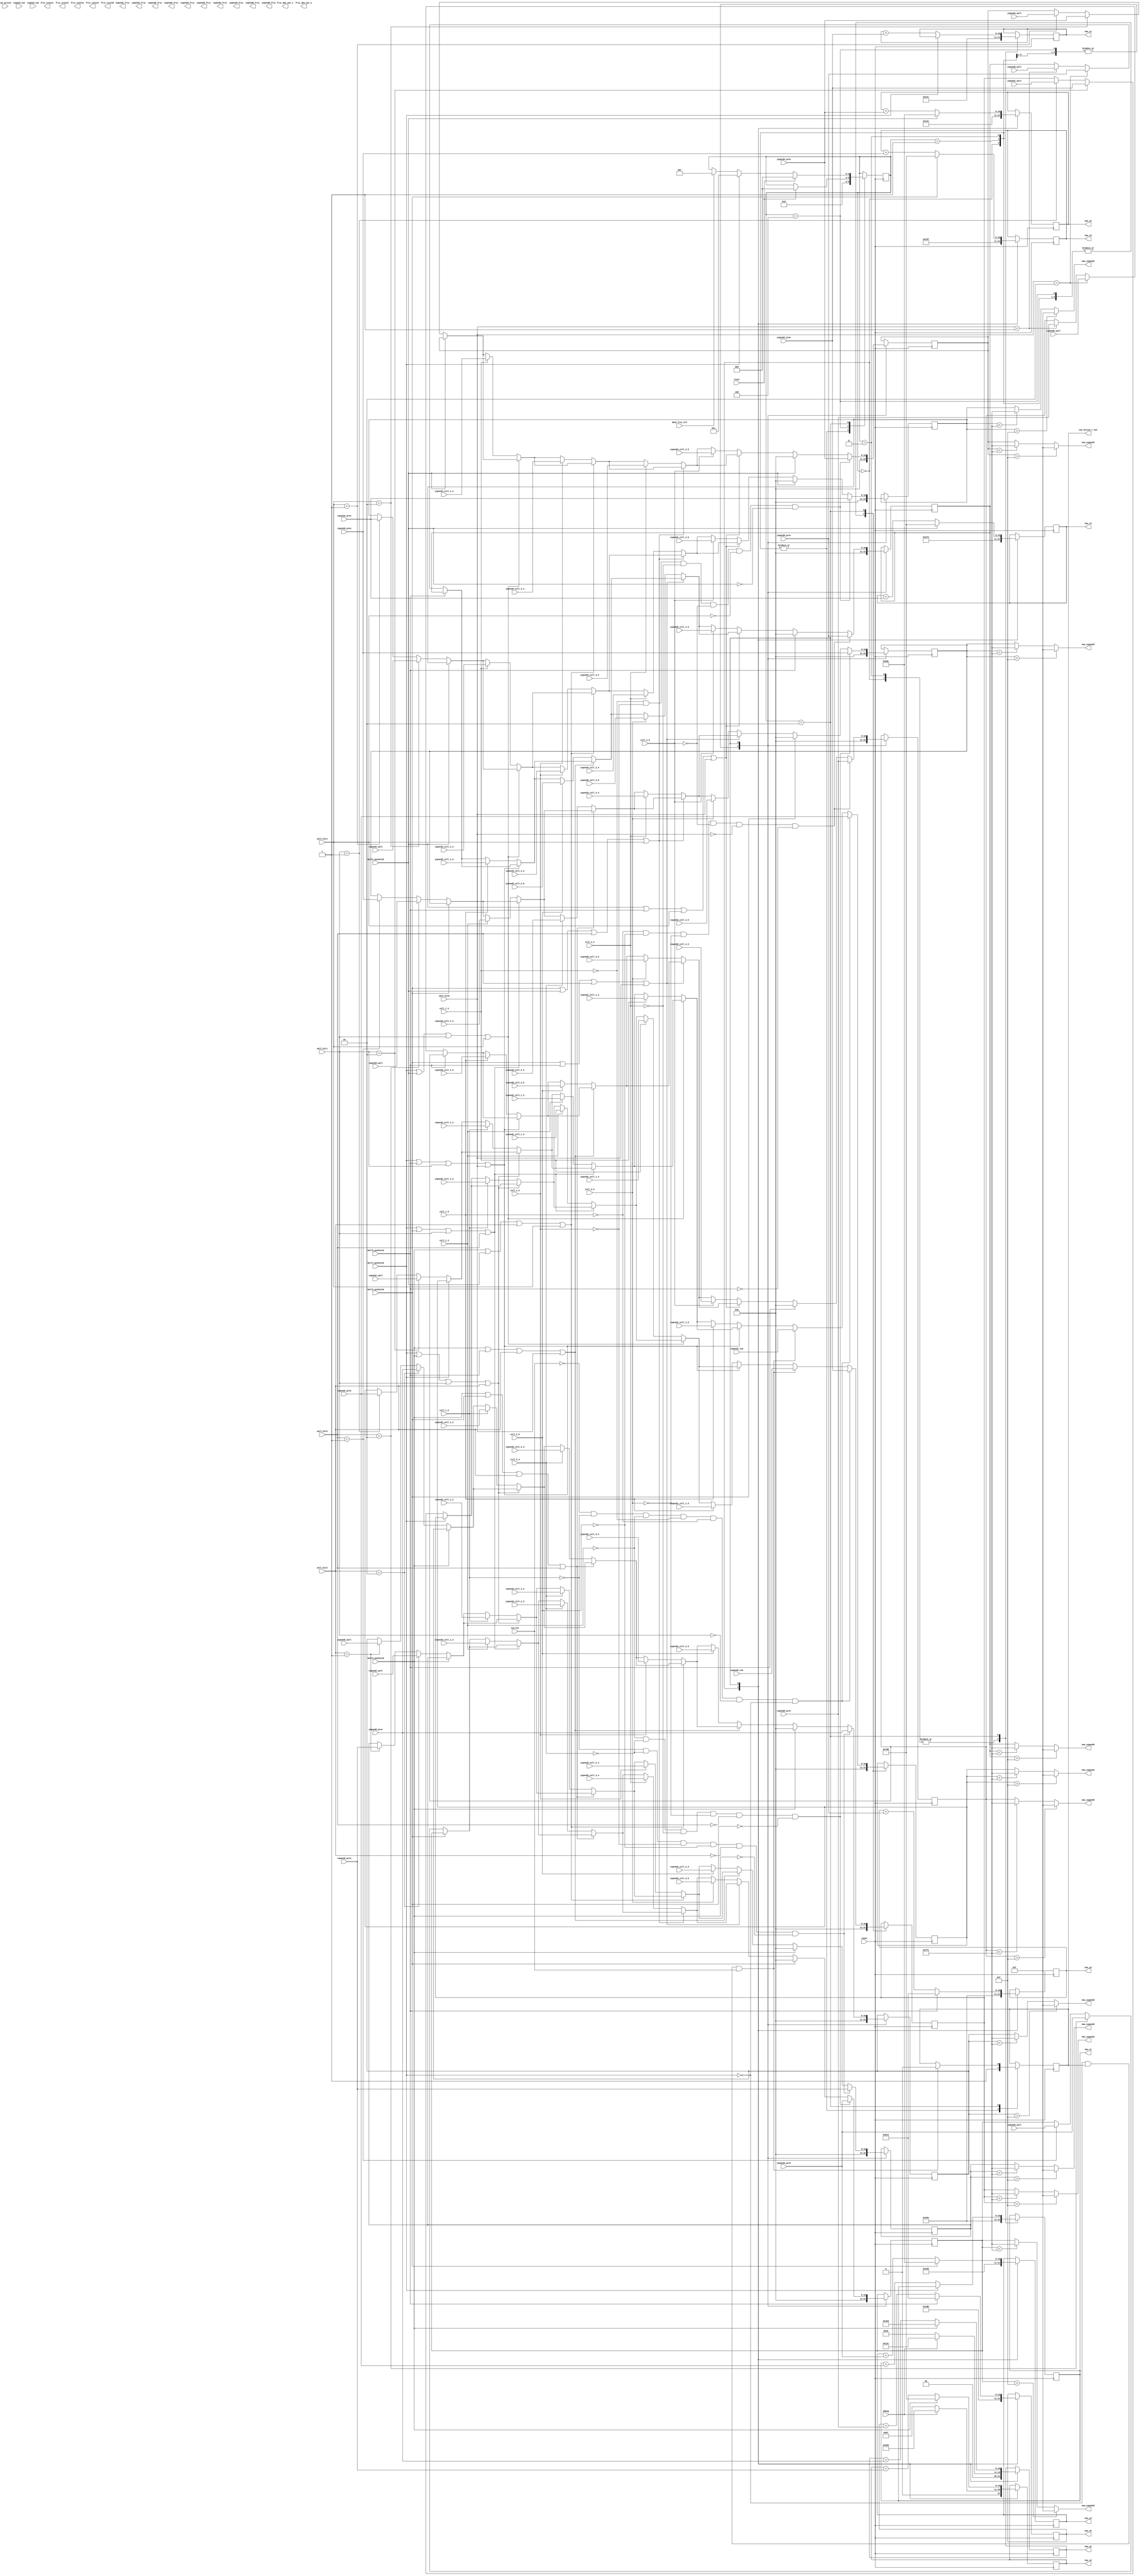
 `timescale 1ns / 1ps
//////////////////////////////////////////////////////////////////////////////////
// Company: 
// Engineer: 
// 
// Design Name: 
// Module Name:    position_handler 
// Project Name: 
// Target Devices: 
// Tool versions: 
// Description: 
//
// Dependencies: 
//
// Revision: 
// Revision 0.01 - File Created
// Additional Comments: 
//
//////////////////////////////////////////////////////////////////////////////////
module position_handler
    #(parameter
		BALL_RADIUS = 5'd15,
		// Ball 1
		BALL1_X_START = 11'd350,
		BALL1_Y_START = 11'd300,
		BALL1_X_SPEED = 11'd0,
		BALL1_Y_SPEED = 11'd0,
		// Ball 2
		BALL2_X_START = 11'd215,
		BALL2_Y_START = 11'd230,
		BALL2_X_SPEED = 11'd0,
		BALL2_Y_SPEED = 11'd0,
		// Ball 3
		BALL3_X_START = 11'd415,
		BALL3_Y_START = 11'd470,
		BALL3_X_SPEED = 11'd0,
		BALL3_Y_SPEED = 11'd0,
		// Ball 4
		BALL4_X_START = 11'd500,
		BALL4_Y_START = 11'd305,
		BALL4_X_SPEED = 11'd0,
		BALL4_Y_SPEED = 11'd0,
		// Ball 5
		BALL5_X_START = 11'd475,
		BALL5_Y_START = 11'd350,
		BALL5_X_SPEED = 11'd0,
		BALL5_Y_SPEED = 11'd0)
	(input vsync, 
	 input reset,done_fric_all, 
	 // Cue
	 input cue_hit, cue_active,
	 input signed [10:0] xspeed_cue, 
	 input signed [10:0] yspeed_cue,
	 // Ball 1
	 input signed [10:0] xspeed1_cue, yspeed1_cue,
	 input signed [10:0] xspeed1_wall, 
	 input signed [10:0] yspeed1_wall, 
	 input signed [10:0] xspeed1_prev,
	 input signed [10:0] yspeed1_prev,
	 input ball1_pocketed, 
	 input [1:0] wall_hit1, 	 
	 input signed [10:0] xspeed1_coll_1_2, xspeed1_coll_1_3, xspeed1_coll_1_4, xspeed1_coll_1_5,
	 input signed [10:0] yspeed1_coll_1_2, yspeed1_coll_1_3, yspeed1_coll_1_4, yspeed1_coll_1_5,
	 // Ball 2
	 input signed [10:0] xspeed2_wall, 
	 input signed [10:0] yspeed2_wall, 
	 input signed [10:0] xspeed2_prev,
	 input signed [10:0] yspeed2_prev,
	 input ball2_pocketed, 
	 input [1:0] wall_hit2, 	 
	 input signed [10:0] xspeed2_coll_1_2, xspeed2_coll_2_3, xspeed2_coll_2_4, xspeed2_coll_2_5,  
	 input signed [10:0] yspeed2_coll_1_2, yspeed2_coll_2_3, yspeed2_coll_2_4, yspeed2_coll_2_5,
	 // Ball 3
	 input signed [10:0] xspeed3_wall, 
	 input signed [10:0] yspeed3_wall, 
	 input signed [10:0] xspeed3_prev,
	 input signed [10:0] yspeed3_prev,
	 input ball3_pocketed, 
	 input [1:0] wall_hit3, 	 
	 input signed [10:0] xspeed3_coll_1_3, xspeed3_coll_2_3, xspeed3_coll_3_4, xspeed3_coll_3_5,
	 input signed [10:0] yspeed3_coll_1_3, yspeed3_coll_2_3, yspeed3_coll_3_4, yspeed3_coll_3_5,
	 // Ball 4
	 input signed [10:0] xspeed4_wall, 
	 input signed [10:0] yspeed4_wall, 
	 input signed [10:0] xspeed4_prev,
	 input signed [10:0] yspeed4_prev,
	 input ball4_pocketed, 
	 input [1:0] wall_hit4, 	 
	 input signed [10:0] xspeed4_coll_1_4, xspeed4_coll_2_4, xspeed4_coll_3_4, xspeed4_coll_4_5,
	 input signed [10:0] yspeed4_coll_1_4, yspeed4_coll_2_4, yspeed4_coll_3_4, yspeed4_coll_4_5,
	 // Ball 5
	 input signed [10:0] xspeed5_wall, 
	 input signed [10:0] yspeed5_wall, 
	 input signed [10:0] xspeed5_prev,
	 input signed [10:0] yspeed5_prev,
	 input ball5_pocketed, 
	 input [1:0] wall_hit5, 	 
	 input signed [10:0] xspeed5_coll_1_5, xspeed5_coll_2_5, xspeed5_coll_3_5, xspeed5_coll_4_5,
	 input signed [10:0] yspeed5_coll_1_5, yspeed5_coll_2_5, yspeed5_coll_3_5, yspeed5_coll_4_5,
	 // Collisions
	 input coll_1_2, coll_1_3, coll_1_4, coll_2_3, coll_2_4, coll_3_4,
	 coll_1_5, coll_2_5, coll_3_5, coll_4_5,
	 
	 output signed [10:0] fric_abs_out_x, fric_abs_out_y,
	 // Ball 1
	 output signed [10:0] xspeed1_fric, new_x1, new_xspeed1, 
	 output signed [10:0] yspeed1_fric, new_y1, new_yspeed1,
	 output [2:0] fric_state1, 
	 // Ball 2
	 output signed [10:0] xspeed2_fric, new_x2, new_xspeed2, 
	 output signed [10:0] yspeed2_fric, new_y2, new_yspeed2,
	 output [2:0] fric_state2, 
	 // Ball 3
	 output signed [10:0] xspeed3_fric, new_x3, new_xspeed3, 
	 output signed [10:0] yspeed3_fric, new_y3, new_yspeed3,
	 output [2:0] fric_state3, 
	 // Ball 4
	 output signed [10:0] xspeed4_fric, new_x4, new_xspeed4, 
	 output signed [10:0] yspeed4_fric, new_y4, new_yspeed4,
	 output [2:0] fric_state4,
	 // Ball 5
	 output signed [10:0] xspeed5_fric, new_x5, new_xspeed5, 
	 output signed [10:0] yspeed5_fric, new_y5, new_yspeed5,
	 output [2:0] fric_state5,
	 // Debugging
	 output cue_active_r_out,
	 input debug);
	 
	 
	 //Initialize values
	 // Ball 1
	 reg signed [10:0] x1 = BALL1_X_START;
	 reg signed [10:0] y1 = BALL1_Y_START;
	 reg signed [10:0] xspeed1 = BALL1_X_SPEED;
	 reg signed [10:0] yspeed1 = BALL1_Y_SPEED; 
	 
	 // Ball 2
	 reg signed [10:0] x2 = BALL2_X_START;
	 reg signed [10:0] y2 = BALL2_Y_START;
	 reg signed [10:0] xspeed2 = BALL2_X_SPEED;
	 reg signed [10:0] yspeed2 = BALL2_Y_SPEED;

	 // Ball 3
	 reg signed [10:0] x3 = BALL3_X_START;
	 reg signed [10:0] y3 = BALL3_Y_START;
	 reg signed [10:0] xspeed3 = BALL3_X_SPEED;
	 reg signed [10:0] yspeed3 = BALL3_Y_SPEED;

	 // Ball 4
	 reg signed [10:0] x4 = BALL4_X_START;
	 reg signed [10:0] y4 = BALL4_Y_START;
	 reg signed [10:0] xspeed4 = BALL4_X_SPEED;
	 reg signed [10:0] yspeed4 = BALL4_Y_SPEED;

	 // Ball 4
	 reg signed [10:0] x5 = BALL5_X_START;
	 reg signed [10:0] y5 = BALL5_Y_START;
	 reg signed [10:0] xspeed5 = BALL5_X_SPEED;
	 reg signed [10:0] yspeed5 = BALL5_Y_SPEED;

	 // Parameters
	 parameter signed MAX_BALL_SPEED = 11'd15;
	 parameter VERT_HIT = 2'b01;
	 parameter HORIZ_HIT = 2'b10;
	 parameter signed SCALE_CUE_NUM = 10;
	 reg cue_active_r = 1;
	 assign cue_active_r_out = cue_active_r;
	 
	 // States
	 parameter START_GAME = 0;
	 parameter DONE_ROUND = 1;
	 parameter MOVING = 2;
	 parameter SCRATCH = 3;
	 parameter WIN = 4;
	 reg [2:0] state = START_GAME;
	 
	 always @(posedge vsync) begin
		case(state)
			START_GAME: begin // reset or scratch
				if (debug) begin
					// Ball 1
					x1 <= 11'd350;
					y1 <= 11'd300;
					xspeed1 <= 11'd0;
					yspeed1 <= 11'd0;
					
					// Ball 2
					x2 <= 11'd600;
					y2 <= 11'd300;
					xspeed2<= BALL2_X_SPEED;
					yspeed2<= BALL2_Y_SPEED;
				end
				
				else begin
					// Ball 1
					x1 <= BALL1_X_START;
					y1 <= BALL1_Y_START;
					xspeed1<= BALL1_X_SPEED;
					yspeed1<= BALL1_Y_SPEED;
					
					// Ball 2
					x2 <= BALL2_X_START;
					y2 <= BALL2_Y_START;
					xspeed2<= BALL2_X_SPEED;
					yspeed2<= BALL2_Y_SPEED;
				end

				// Ball 3
				x3 <= BALL3_X_START;
				y3 <= BALL3_Y_START;			
				xspeed3<= BALL3_X_SPEED;
				yspeed3<= BALL3_Y_SPEED;
				
				// Ball 4
				x4 <= BALL4_X_START;
				y4 <= BALL4_Y_START;			
				xspeed4<= BALL4_X_SPEED;
				yspeed4<= BALL4_Y_SPEED;
				
				// Ball 5
				x5 <= BALL5_X_START;
				y5 <= BALL5_Y_START;			
				xspeed5<= BALL5_X_SPEED;
				yspeed5<= BALL5_Y_SPEED;
				
				cue_active_r<= 1;
				state <= MOVING;
			end
			
			DONE_ROUND: begin // when all balls stop moving
				xspeed1 <= 0;
				yspeed1 <= 0;
				
				xspeed2<= BALL2_X_SPEED;
				yspeed2<= BALL2_Y_SPEED;
				
				xspeed3<= BALL3_X_SPEED;
				yspeed3<= BALL3_Y_SPEED;
				
				xspeed4<= BALL4_X_SPEED;
				yspeed4<= BALL4_Y_SPEED;
				
				xspeed5<= BALL5_X_SPEED;
				yspeed5<= BALL5_Y_SPEED;
				
				cue_active_r <= 1;
				state <= MOVING;
			end
			
			SCRATCH: begin // when ball 1 is pocketed
				x1 <= BALL1_X_START;
				y1 <= BALL1_Y_START;
				xspeed1<= BALL1_X_SPEED;
				yspeed1<= BALL1_Y_SPEED;
				
				cue_active_r <= 1;
				state <= MOVING;
			end
			
			WIN: begin // when player wins
				if (reset) state <= START_GAME;
			
				xspeed1<= 0;
				yspeed1<= 0;
				
				xspeed2<= 0;
				yspeed2<= 0;
				
				xspeed3<= 0;
				yspeed3<= 0;
				
				xspeed4<= 0;
				yspeed4<= 0;
				
				xspeed5<= 0;
				yspeed5<= 0;
			end
			
			MOVING: begin
				// Update state
				if (reset) state <= START_GAME;
				else if (ball1_pocketed) state <= SCRATCH;
				else if (done_fric_all) state <= DONE_ROUND;
			
				// Update ball positions
				if (!ball1_pocketed) begin
					x1 <= x1 + xspeed1_prev;
					y1 <= y1 + yspeed1_prev;
				end
				if (!ball2_pocketed) begin
					x2 <= x2 + xspeed2_prev;
					y2 <= y2 + yspeed2_prev;
				end
				if (!ball3_pocketed) begin
					x3 <= x3 + xspeed3_prev;
					y3 <= y3 + yspeed3_prev;
				end
				if (!ball4_pocketed) begin
					x4 <= x4 + xspeed4_prev;
					y4 <= y4 + yspeed4_prev;
				end
				if (!ball5_pocketed) begin
					x5 <= x5 + xspeed5_prev;
					y5 <= y5 + yspeed5_prev;
				end
				
				// Wall Collisions
				// Wall - ball 1
				if (!ball1_pocketed) begin
					if (wall_hit1 == HORIZ_HIT) begin
						xspeed1<= xspeed1_wall;
						yspeed1<= yspeed1_prev;
					end
					else if (wall_hit1 == VERT_HIT) begin
						xspeed1<= xspeed1_prev;
						yspeed1<= yspeed1_wall;
					end
				end
					
				// Wall - ball 2
				if (!ball2_pocketed) begin
					if (wall_hit2 == HORIZ_HIT) begin
						xspeed2<= xspeed2_wall;
						yspeed2<= yspeed2_prev;
					end
					else if (wall_hit2 == VERT_HIT) begin
						xspeed2<= xspeed2_prev;
						yspeed2<= yspeed2_wall;
					end
				end
					
				// Wall - ball 3
				if (!ball3_pocketed) begin
					if (wall_hit3 == HORIZ_HIT) begin
						xspeed3<= xspeed3_wall;
						yspeed3<= yspeed3_prev;
					end
					else if (wall_hit3 == VERT_HIT) begin
						xspeed3<= xspeed3_prev;
						yspeed3<= yspeed3_wall;
					end
				end

				// Wall - ball 4
				if (!ball4_pocketed) begin
					if (wall_hit4 == HORIZ_HIT) begin
						xspeed4<= xspeed4_wall;
						yspeed4<= yspeed4_prev;
					end
					else if (wall_hit4 == VERT_HIT) begin
						xspeed4<= xspeed4_prev;
						yspeed4<= yspeed4_wall;
					end
				end

				// Wall - ball 5
				if (!ball5_pocketed) begin
					if (wall_hit5 == HORIZ_HIT) begin
						xspeed5<= xspeed5_wall;
						yspeed5<= yspeed5_prev;
					end
					else if (wall_hit5 == VERT_HIT) begin
						xspeed5<= xspeed5_prev;
						yspeed5<= yspeed5_wall;
					end
				end

					
				// Ball collisions
				// Ball 1 and 2
				if (!(ball1_pocketed || ball2_pocketed || wall_hit1 || wall_hit2)) begin
					if (coll_1_2) begin
						xspeed1<= xspeed1_coll_1_2;
						yspeed1<= yspeed1_coll_1_2;
						xspeed2<= xspeed2_coll_1_2;
						yspeed2<= yspeed2_coll_1_2;
					end
				end
				
				// Ball 1 and 3
				if (!(ball1_pocketed || ball3_pocketed || wall_hit1 || wall_hit3)) begin
					if (coll_1_3) begin
						xspeed1<= xspeed1_coll_1_3;
						yspeed1<= yspeed1_coll_1_3;
						xspeed3<= xspeed3_coll_1_3;
						yspeed3<= yspeed3_coll_1_3;
					end
				end
				
				// Ball 1 and 4
				if (!(ball1_pocketed || ball4_pocketed || wall_hit1 || wall_hit4)) begin
					if (coll_1_4) begin
						xspeed1<= xspeed1_coll_1_4;
						yspeed1<= yspeed1_coll_1_4;
						xspeed4<= xspeed4_coll_1_4;
						yspeed4<= yspeed4_coll_1_4;
					end
				end
				
				// Ball 1 and 5
				if (!(ball1_pocketed || ball5_pocketed || wall_hit1 || wall_hit5)) begin
					if (coll_1_5) begin
						xspeed1<= xspeed1_coll_1_5;
						yspeed1<= yspeed1_coll_1_5;
						xspeed5<= xspeed5_coll_1_5;
						yspeed5<= yspeed5_coll_1_5;
					end
				end
				
				// Ball 2 and 3
				if (!(ball2_pocketed || ball3_pocketed || wall_hit2 || wall_hit3)) begin	
					if (coll_2_3) begin
						xspeed2<= xspeed2_coll_2_3;
						yspeed2<= yspeed2_coll_2_3;
						xspeed3<= xspeed3_coll_2_3;
						yspeed3<= yspeed3_coll_2_3;
					end
				end
				
				// Ball 2 and 4
				if (!(ball2_pocketed || ball4_pocketed || wall_hit2 || wall_hit4)) begin	
					if (coll_2_4) begin
						xspeed2<= xspeed2_coll_2_4;
						yspeed2<= yspeed2_coll_2_4;
						xspeed4<= xspeed4_coll_2_4;
						yspeed4<= yspeed4_coll_2_4;
					end
				end

				// Ball 2 and 5
				if (!(ball2_pocketed || ball5_pocketed || wall_hit2 || wall_hit5)) begin	
					if (coll_2_5) begin
						xspeed2<= xspeed2_coll_2_5;
						yspeed2<= yspeed2_coll_2_5;
						xspeed5<= xspeed5_coll_2_5;
						yspeed5<= yspeed5_coll_2_5;
					end
				end

				// Ball 3 and 4
				if (!(ball3_pocketed || ball4_pocketed || wall_hit3 || wall_hit4)) begin	
					if (coll_3_4) begin
						xspeed3<= xspeed3_coll_3_4;
						yspeed3<= yspeed3_coll_3_4;
						xspeed4<= xspeed4_coll_3_4;
						yspeed4<= yspeed4_coll_3_4;
					end
				end

				// Ball 3 and 5
				if (!(ball3_pocketed || ball5_pocketed || wall_hit3 || wall_hit5)) begin	
					if (coll_3_5) begin
						xspeed3<= xspeed3_coll_3_5;
						yspeed3<= yspeed3_coll_3_5;
						xspeed5<= xspeed5_coll_3_5;
						yspeed5<= yspeed5_coll_3_5;
					end
				end

				// Ball 4 and 5
				if (!(ball4_pocketed || ball5_pocketed || wall_hit4 || wall_hit5)) begin	
					if (coll_4_5) begin
						xspeed4<= xspeed4_coll_4_5;
						yspeed4<= yspeed4_coll_4_5;
						xspeed5<= xspeed5_coll_4_5;
						yspeed5<= yspeed5_coll_4_5;
					end
				end

				// Cue and white ball collision
				if (!ball1_pocketed && cue_active_r && cue_hit) begin   //Currently ball 1 is the white ball
					xspeed1<= xspeed1_cue;
					yspeed1<= yspeed1_cue;
					cue_active_r <= 0;
				end
				
				//Pockets
				// Ball 2
				if (ball2_pocketed) begin
					xspeed2 <= 0;
					yspeed2 <= 0;
					x2 <= 11'd2000;
					y2 <= 11'd1000;
				end
				
				// Ball 3
				if (ball3_pocketed) begin
					xspeed3 <= 0;
					yspeed3 <= 0;
					x3 <= 11'd2000;
					y3 <= 11'd1500;
				end
				
				// Ball 4
				if (ball4_pocketed) begin
					xspeed4 <= 0;
					yspeed4 <= 0;
					x4 <= 11'd2000;
					y4 <= 11'd1500;
				end
				
				// Ball 5
				if (ball5_pocketed) begin
					xspeed5 <= 0;
					yspeed5 <= 0;
					x5 <= 11'd1300;
					y5 <= 11'd1300;
				end
				
				// Reduce the speeds for friction
				// Ball 1
				if (!cue_hit && !coll_1_2 && !coll_1_3 && !coll_1_4 && !coll_1_5 &&
					wall_hit1==0 && !ball1_pocketed) begin
					xspeed1<= xspeed1_prev;
					yspeed1<= yspeed1_prev;
				end
				
				// Ball 2
				if (!coll_1_2 && !coll_2_3 && !coll_2_4 && !coll_2_5 && wall_hit2==0 && !ball2_pocketed) begin
					xspeed2<= xspeed2_prev;
					yspeed2<= yspeed2_prev;
				end
				
				// Ball 3
				if (!coll_1_3 && !coll_2_3 && !coll_3_4 && !coll_3_5 && wall_hit3==0 && !ball3_pocketed) begin
					xspeed3<= xspeed3_prev;
					yspeed3<= yspeed3_prev;
				end
				
				// Ball 4
				if (!coll_1_4 && !coll_2_4 && !coll_3_4 && !coll_4_5 && wall_hit4==0 && !ball4_pocketed) begin
					xspeed4<= xspeed4_prev;
					yspeed4<= yspeed4_prev;
				end
				
				// Ball 5
				if (!coll_1_5 && !coll_2_5 && !coll_3_5 && !coll_4_5 && wall_hit5==0 && !ball5_pocketed) begin
					xspeed5<= xspeed5_prev;
					yspeed5<= yspeed5_prev;					
				end
			end
		endcase
	end
		
	// Update position and speed
	// Ball 1
	assign new_x1 = x1;
	assign new_y1 = y1;
	assign new_xspeed1 = (xspeed1>MAX_BALL_SPEED) ? MAX_BALL_SPEED 
		: (xspeed1<-MAX_BALL_SPEED) ? -MAX_BALL_SPEED : xspeed1;
	assign new_yspeed1 = (yspeed1>MAX_BALL_SPEED) ? MAX_BALL_SPEED 
		: (yspeed1<-MAX_BALL_SPEED) ? -MAX_BALL_SPEED : yspeed1;

	// Ball 2
	assign new_x2 = x2;
	assign new_y2 = y2;
	assign new_xspeed2 = (xspeed2>MAX_BALL_SPEED) ? MAX_BALL_SPEED 
		: (xspeed2<-MAX_BALL_SPEED) ? -MAX_BALL_SPEED : xspeed2;
	assign new_yspeed2 = (yspeed2>MAX_BALL_SPEED) ? MAX_BALL_SPEED 
		: (yspeed2<-MAX_BALL_SPEED) ? -MAX_BALL_SPEED : yspeed2;

	// Ball 3
	assign new_x3 = x3;
	assign new_y3 = y3;
	assign new_xspeed3 = (xspeed3>MAX_BALL_SPEED) ? MAX_BALL_SPEED 
		: (xspeed3<-MAX_BALL_SPEED) ? -MAX_BALL_SPEED : xspeed3;
	assign new_yspeed3 = (yspeed3>MAX_BALL_SPEED) ? MAX_BALL_SPEED 
		: (yspeed3<-MAX_BALL_SPEED) ? -MAX_BALL_SPEED : yspeed3;

	// Ball 4
	assign new_x4 = x4;
	assign new_y4 = y4;
	assign new_xspeed4 = (xspeed4>MAX_BALL_SPEED) ? MAX_BALL_SPEED 
		: (xspeed4<-MAX_BALL_SPEED) ? -MAX_BALL_SPEED : xspeed4;
	assign new_yspeed4 = (yspeed4>MAX_BALL_SPEED) ? MAX_BALL_SPEED 
		: (yspeed4<-MAX_BALL_SPEED) ? -MAX_BALL_SPEED : yspeed4;

	// Ball 5
	assign new_x5 = x5;
	assign new_y5 = y5;
	assign new_xspeed5 = (xspeed5>MAX_BALL_SPEED) ? MAX_BALL_SPEED 
		: (xspeed5<-MAX_BALL_SPEED) ? -MAX_BALL_SPEED : xspeed5;
	assign new_yspeed5 = (yspeed5>MAX_BALL_SPEED) ? MAX_BALL_SPEED 
		: (yspeed5<-MAX_BALL_SPEED) ? -MAX_BALL_SPEED : yspeed5;
 
endmodule